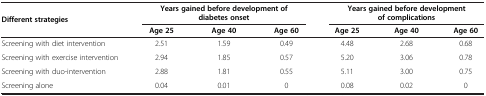
<table><thead><tr><td><b>Different strategies</b></td><td colspan="3"><b>Years gained before development of diabetes onset</b></td><td colspan="3"><b>Years gained before development of complications</b></td></tr><tr><td><b> </b></td><td><b>Age 25</b></td><td><b>Age 40</b></td><td><b>Age 60</b></td><td><b>Age 25</b></td><td><b>Age 40</b></td><td><b>Age 60</b></td></tr></thead><tbody><tr><td>Screening with diet intervention</td><td>2.51</td><td>1.59</td><td>0.49</td><td>4.48</td><td>2.68</td><td>0.68</td></tr><tr><td>Screening with exercise intervention</td><td>2.94</td><td>1.85</td><td>0.57</td><td>5.20</td><td>3.06</td><td>0.78</td></tr><tr><td>Screening with duo-intervention</td><td>2.88</td><td>1.81</td><td>0.55</td><td>5.11</td><td>3.00</td><td>0.75</td></tr><tr><td>Screening alone</td><td>0.04</td><td>0.01</td><td>0</td><td>0.08</td><td>0.02</td><td>0</td></tr></tbody></table>